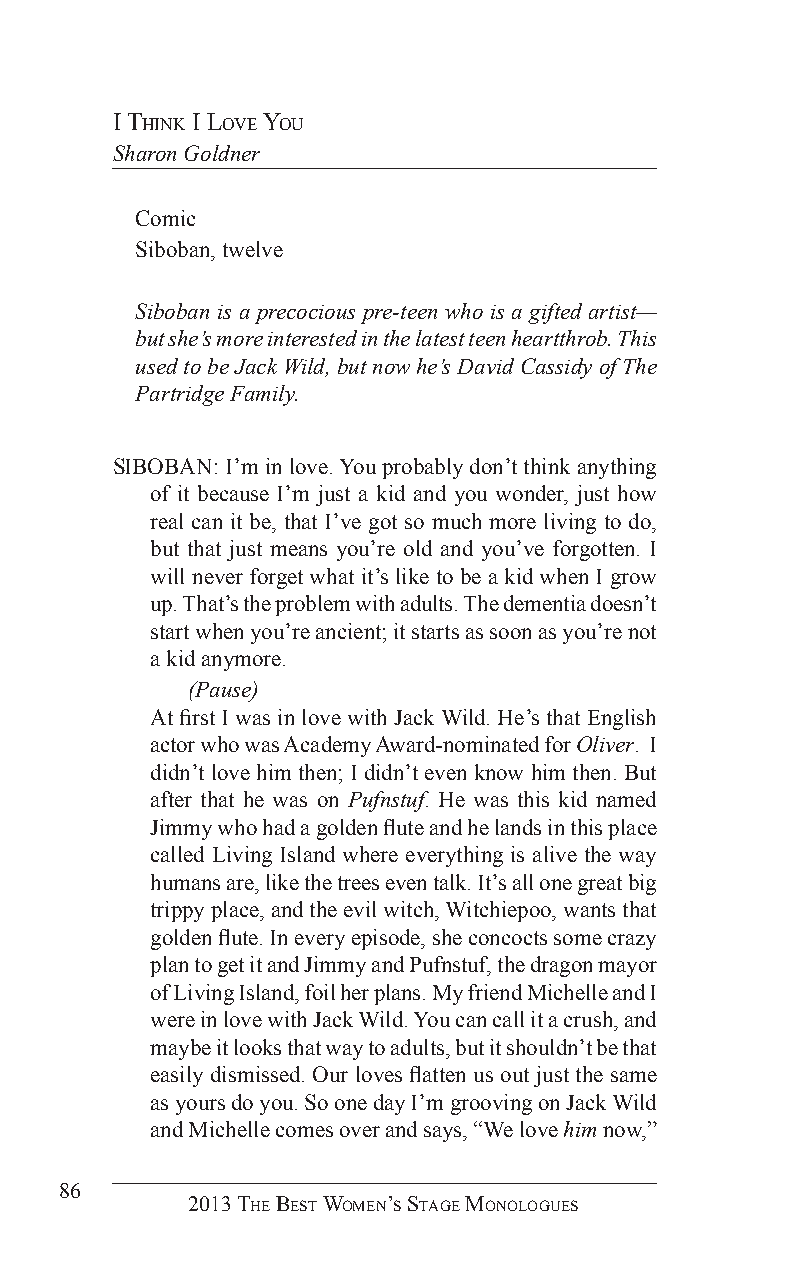
i ThinK i love you
 Sharon Goldner
 Comic
 Siboban, twelve
 Siboban is a precocious pre-teen who is a gifted artist—
 but she’s more interested in the latest teen heartthrob. This
 used to be Jack Wild, but now he’s David Cassidy of The
 Partridge Family.
 SIBOBAN: I’m in love. You probably don’t think anything
 of it because I’m just a kid and you wonder, just how
 real can it be, that I’ve got so much more living to do,
 but that just means you’re old and you’ve forgotten. I
 will never forget what it’s like to be a kid when I grow
 up. That’s the problem with adults. The dementia doesn’t
 start when you’re ancient; it starts as soon as you’re not
 a kid anymore.
 (Pause)
 At first I was in love with Jack Wild. He’s that English
 actor who was Academy Award-nominated for Oliver. I
 didn’t love him then; I didn’t even know him then. But
 after that he was on Pufnstuf. He was this kid named
 Jimmy who had a golden flute and he lands in this place
 called Living Island where everything is alive the way
 humans are, like the trees even talk. It’s all one great big
 trippy place, and the evil witch, Witchiepoo, wants that
 golden flute. In every episode, she concocts some crazy
 plan to get it and Jimmy and Pufnstuf, the dragon mayor
 of Living Island, foil her plans. My friend Michelle and I
 were in love with Jack Wild. You can call it a crush, and
 maybe it looks that way to adults, but it shouldn’t be that
 easily dismissed. Our loves flatten us out just the same
 as yours do you. So one day I’m grooving on Jack Wild
 and Michelle comes over and says, “We love him now,”
 86
 2013 The BesT Women’s sTage monologues